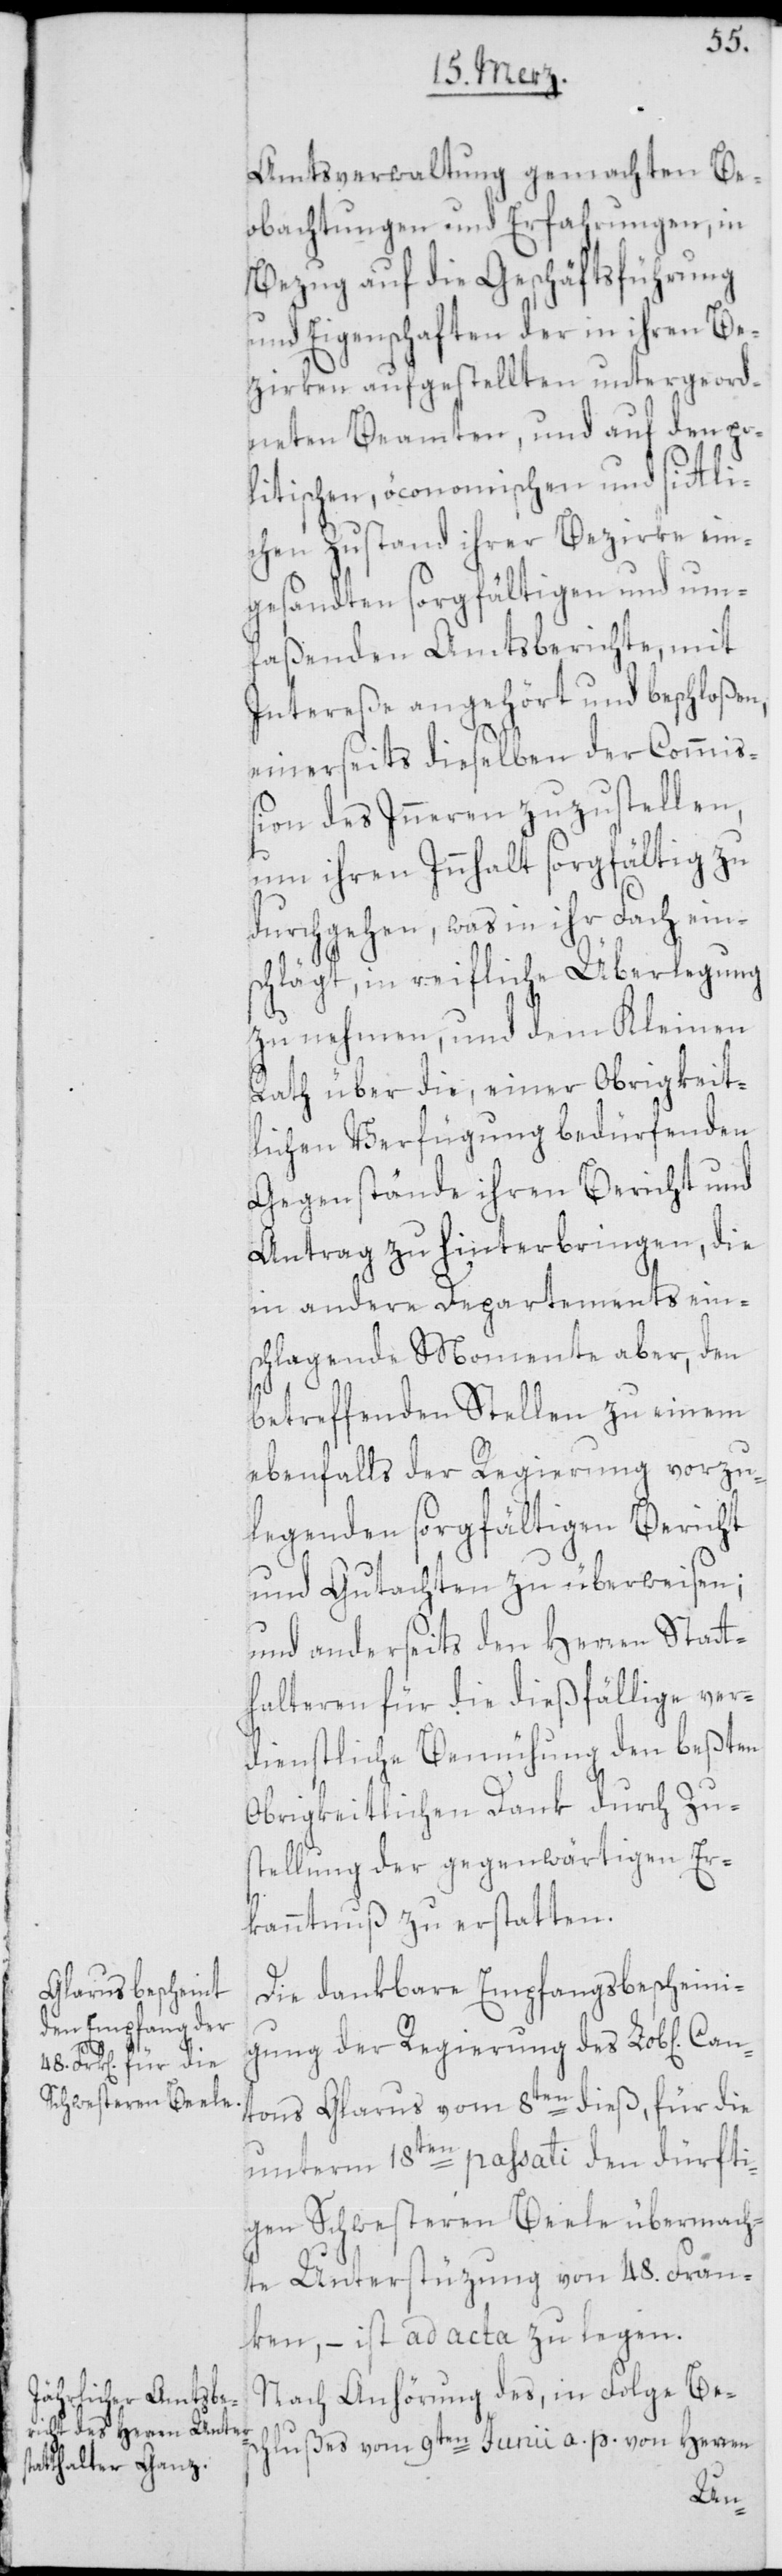
Amtsverwaltung gemachten Be¬
obachtungen und Erfahrungen, in
Bezug auf die Geschäftsführung
und Eigenschaften der in ihren Be¬
zirken aufgestellten untergeord¬
neten Beamten, und auf den po¬
litischen, öconomischen und sittli¬
chen Zustand ihrer Bezirke ein¬
gesandten sorgfältigen und um¬
faßenden Amtsberichte, mit
Intereße angehört und beschloßen,
einerseits dieselben der Commiß¬
ion des Inneren zuzustellen,
um ihren Innhalt sorgfältig zu
durchgehen, was in ihr Fach eins¬
chlägt, in reifliche Überlegung
zu nehmen, und dem Kleinen
Rath über die, einer Obrigkeit¬
lichen Verfügung bedürfenden
Gegenstände ihren Bericht und
Antrag zu hinterbringen, die
in andere Departements ein¬
schlagende Momente aber, den
betreffenden Stellen zu einem
ebenfalls der Regierung vorzu¬
legenden sorgfältigen Bericht
und Gutachten zu überweisen;
und anderseits den Herren Statt¬
halteren für die dießfällige ver¬
dienstliche Bemühung den beßten
Obrigkeitlichen Dank durch Zu¬
stellung der gegenwärtigen Er¬
kanntnuß zu erstatten.
Die dankbare Empfangsbescheini¬
gung der Regierung des Lob[lichen]
tons Glarus vom 8ten dieß, für die
unterm 18ten passati den dürfti¬
gen Schwesteren Beele übermach¬
te Unterstüzung von 48. Fran¬
ken, – ist ad acta zu legen.
Nach Anhörung des, in Folge Besc¬
hlußes vom 9ten Junii a. p. von Herren
Can¬